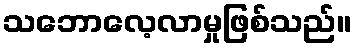
သဘောလေ့လာမှုဖြစ်သည်။